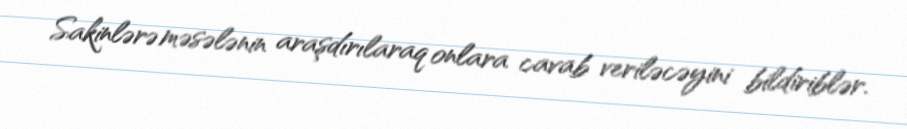
Sakinlərə məsələnin araşdırılaraq onlara cavab veriləcəyini bildiriblər.